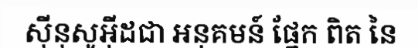
ស៊ីនុសូអ៊ីដជា អនុគមន៍ ផ្នែក ពិត នៃ